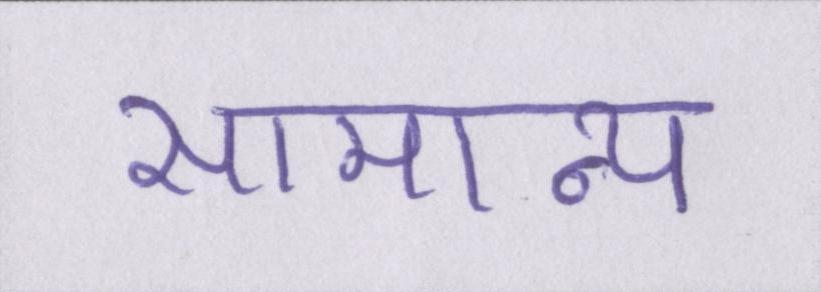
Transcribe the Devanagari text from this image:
सामान्य